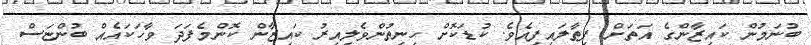
ބުނަމުން ކައިޒާންގެ އަތަށް ފިތާލައިފިއެވެ. ކުޑަކޮށް ހިނިތުންވެލިއިރު ކައިޒާން ކޮންމެފަދަ ވާހަކައެއް ބުންޏަސް